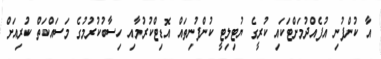
އާ ކުންފުނި އުފެއްދުމަށްޓަކައި ކުރީގެ ޔުޓިލިޓީ ކުންފުނިތައް އޮޑިޓްކުރުމާއި ހިސާބުކުރުމުގެ މަސައްކަތް ކުރިއަށް